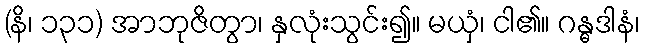
(နိ၊ ၁၃၁) အာဘုဇိတွာ၊ နှလုံးသွင်း၍။ မယှံ၊ ငါ၏။ ဂန္ဓဒါနံ၊